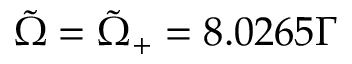
\Tilde { \Omega } = \Tilde { \Omega } _ { + } = 8 . 0 2 6 5 Γ